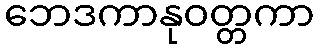
ဘေဒကာနုဝတ္တကာ